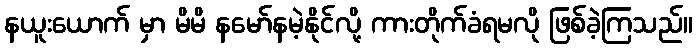
နယူးယောက် မှာ မိမိ နမော်နမဲ့နိုင်လို့ ကားတိုက်ခံရမလို ဖြစ်ခဲ့ကြသည်။